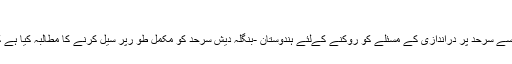
بنگلہ دیش, وزیر اعلی سربانند سونووال
گوہاٹی:آسام کے وزیر اعلی سربانند سونووال نے مرکزی حکومت سے سرحد پر دراندازی کے مسئلے کو روکنے کےلئے ہندوستان -بنگلہ دیش سرحد کو مکمل طو رپر سیل کرنے کا مطالبہ کیا ہے کیونکہ سرحد پر ابھی تک تقریباً 71کلومیٹر تک باڑ نہیں لگی ہے۔